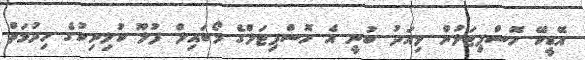
އޭޑީކޭ ހޮސްޕިޓަލުން މިއަދު ބުނީ އެ ހޮސްޕިޓަލްގެ މޯބައިލް ފުލޫ ކުލިނިކުގެ ހިދުމަތް